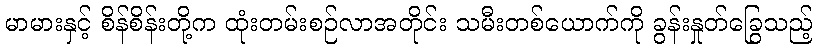
မာမားနှင့် စိန်စိန်းတို့က ထုံးတမ်းစဉ်လာအတိုင်း သမီးတစ်ယောက်ကို ခွန်းနှုတ်ခြွေသည့်